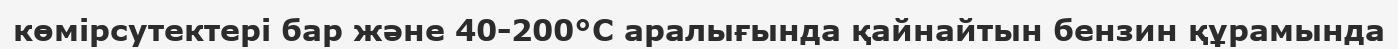
көмірсутектері бар және 40-200°С аралығында қайнайтын бензин құрамында